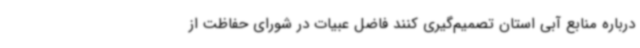
درباره منابع آبی استان تصمیم‌گیری کنند فاضل عبیات در شورای حفاظت از